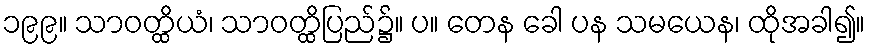
၁၉၉။ သာဝတ္ထိယံ၊ သာဝတ္ထိပြည်၌။ ပ။ တေန ခေါ ပန သမယေန၊ ထိုအခါ၍။